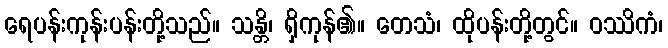
ရေပန်းကုန်းပန်းတို့သည်။ သန္တိ၊ ရှိကုန်၏။ တေသံ၊ ထိုပန်းတို့တွင်။ ဝဿိကံ၊